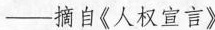
——摘自《人权宣言》